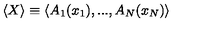
\langle X \rangle \equiv \langle A _ { 1 } ( x _ { 1 } ) , . . . , A _ { N } ( x _ { N } ) \rangle